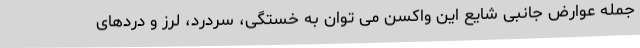
جمله عوارض جانبی شایع این واکسن می توان به خستگی، سردرد، لرز و دردهای